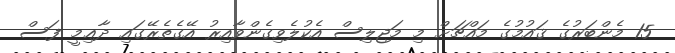
15 މެންބަރުގެ ޤައުމުގެ މައްޗަށް މި މަޖިލިސް އެކުލެވިގެންވާއިރު އޭގެތެރޭގައި ދާޢިމީ ފަސް